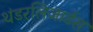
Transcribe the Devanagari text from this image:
थंडरलिजार्डस